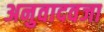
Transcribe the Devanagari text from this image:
अनुवादवजा